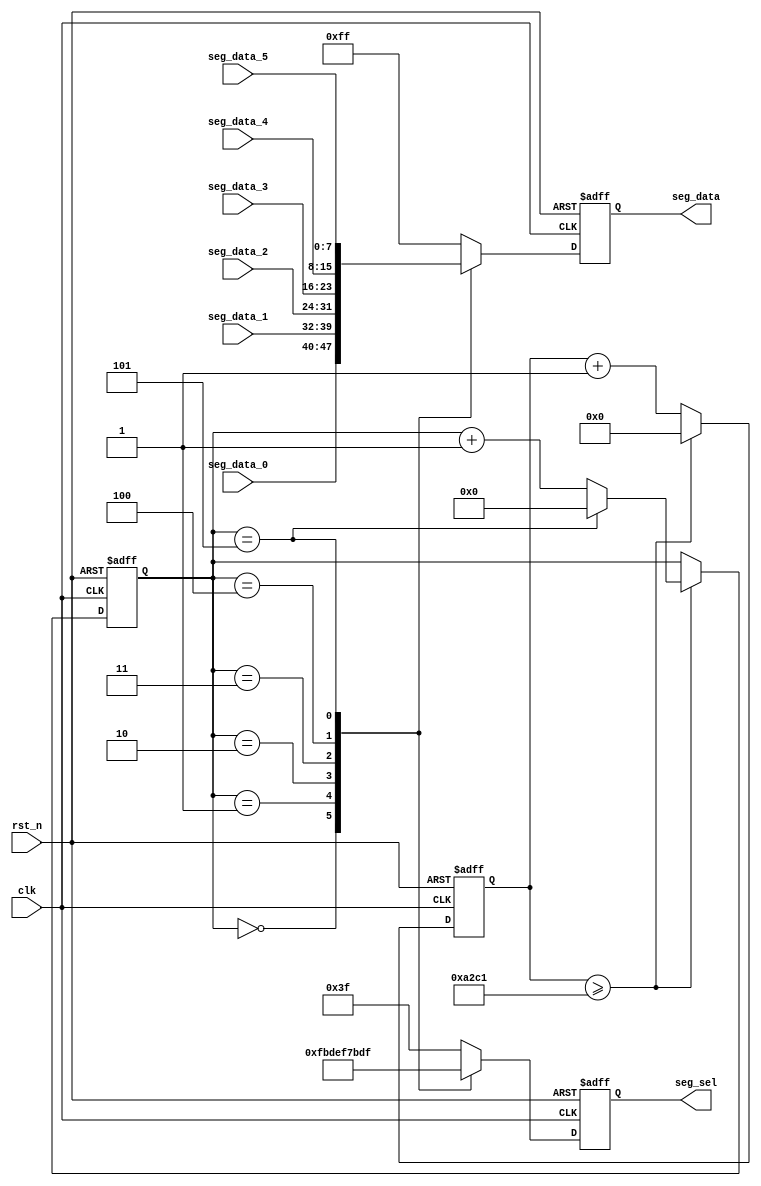
`timescale 1ns / 1ps
//////////////////////////////////////////////////////////////////////////////////
// Company: 
// Engineer: 
// 
// Design Name: 
// Module Name:    SEG_Scan 
// Project Name: 
// Target Devices: 
// Tool versions: 
// Description: 
//
// Dependencies: 
//
// Revision: 
// Revision 0.01 - File Created
// Additional Comments: 
//
//////////////////////////////////////////////////////////////////////////////////
module SEG_Scan(
	input           clk,
	input           rst_n,
	output reg[5:0] seg_sel,
	output reg[7:0] seg_data,
	input[7:0]      seg_data_0,
	input[7:0]      seg_data_1,
	input[7:0]      seg_data_2,
	input[7:0]      seg_data_3,
	input[7:0]      seg_data_4,
	input[7:0]      seg_data_5
    );

parameter SCAN_FREQ = 200;
parameter CLK_FREQ = 50_000_000;
parameter SCAN_COUNT = CLK_FREQ / (SCAN_FREQ * 6) - 1;

reg[31:0] scan_timer;
reg[3:0]  scan_sel;

always@(posedge clk or negedge rst_n)
begin
	if(!rst_n)
	begin
		scan_timer <= 32'd0;
		scan_sel <= 4'd0;
	end
	else if(scan_timer >= SCAN_COUNT)
	begin
		scan_timer <= 32'd0;
		if(scan_sel == 4'd5)
			scan_sel <= 4'd0;
		else
			scan_sel <= scan_sel + 4'd1;
	end
	else
		begin
			scan_timer <= scan_timer + 32'd1;
		end
end
always@(posedge clk or negedge rst_n)
begin
	if(!rst_n)
	begin
		seg_sel <= 6'b111_111;
		seg_data <= 8'hff;
	end
	else
	begin
		case(scan_sel)
			4'd0:
			begin
				seg_sel <= 6'b11_1110;
				seg_data <= seg_data_0;
			end
			4'd1:
			begin
				seg_sel <= 6'b11_1101;
				seg_data <= seg_data_1;
			end
			4'd2:
			begin
				seg_sel <= 6'b11_1011;
				seg_data <= seg_data_2;
			end
			4'd3:
			begin
				seg_sel <= 6'b11_0111;
				seg_data <= seg_data_3;
			end
			4'd4:
			begin
				seg_sel <= 6'b10_1111;
				seg_data <= seg_data_4;
			end
			4'd5:
			begin
				seg_sel <= 6'b01_1111;
				seg_data <= seg_data_5;
			end
			default:
			begin
				seg_sel <= 6'b11_1111;
				seg_data <= 8'hff;
			end
		endcase
	end
end

endmodule